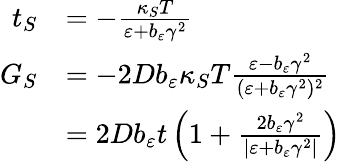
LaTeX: \begin{array}{rl}{t_{S}}&{=-\frac{\kappa_{S}T}{\varepsilon+b_{\varepsilon}\gamma^{2}}}\\ {G_{S}}&{=-2Db_{\varepsilon}\kappa_{S}T\frac{\varepsilon-b_{\varepsilon}\gamma^{2}}{(\varepsilon+b_{\varepsilon}\gamma^{2})^{2}}}\\ &{=2Db_{\varepsilon}t\left(1+\frac{2b_{\varepsilon}\gamma^{2}}{\vert\varepsilon+b_{\varepsilon}\gamma^{2}\vert}\right)}\end{array}